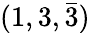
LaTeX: (1,3,{\bar{3}})